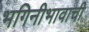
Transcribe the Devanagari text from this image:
भगिनीभावाची